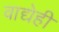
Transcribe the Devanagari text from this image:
वाद्येही